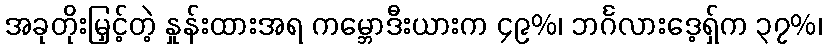
အခုတိုးမြှင့်တဲ့ နှုန်းထားအရ ကမ္ဘောဒီးယားက ၄၉%၊ ဘင်္ဂလားဒေ့ရှ်က ၃၇%၊